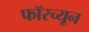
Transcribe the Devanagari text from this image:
फॉरच्यून